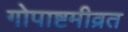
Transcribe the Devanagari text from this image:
गोपाष्टमीव्रत